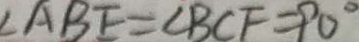
\angle A B E = \angle B C F = 9 0 ^ { \circ }